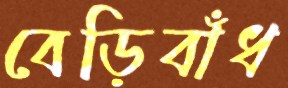
বেড়িবাঁধ